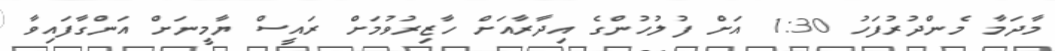
މާދަމާ މެންދުރުފަހު 1:30 އަށް ފުލުހުންގެ އިދާރާއަށް ހާޒިރުވުމަށް ރައީސް ޔާމީނަށް އަންގާފައިވާ